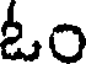
ఓం